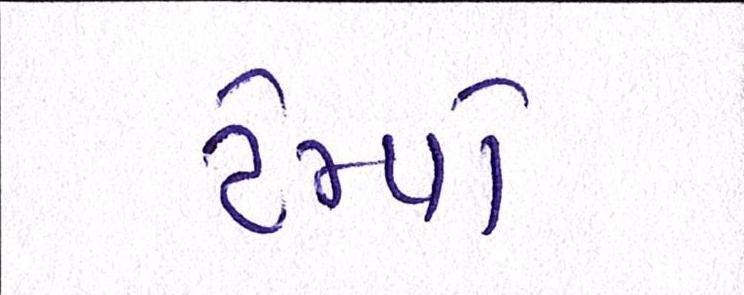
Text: ટેમ્પો